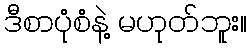
ဒီစာပုံစံနဲ့ မဟုတ်ဘူး။